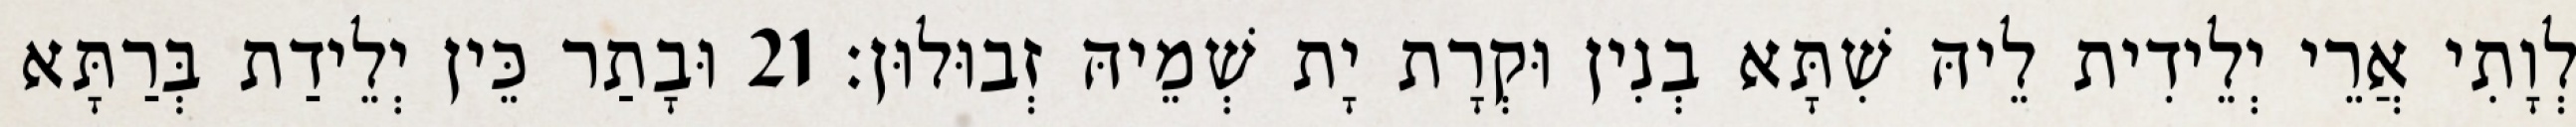
לְוָתִי אֲרֵי יְלֵידִית לֵיהּ שִׁתָּא בְנִין וּקְרָת יָת שְׁמֵיהּ זְבוּלוּן׃ 21 וּבָתַר כֵּין יְלֵידַת בְּרַתָּא